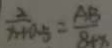
\frac { 2 } { x + 0 . 5 } = \frac { A B } { 8 + x }